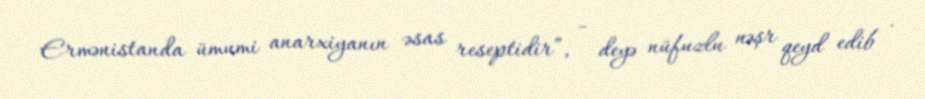
Ermənistanda ümumi anarxiyanın əsas reseptidir”, - deyə nüfuzlu nəşr qeyd edib .